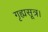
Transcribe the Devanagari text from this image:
गृह्यसूत्र।